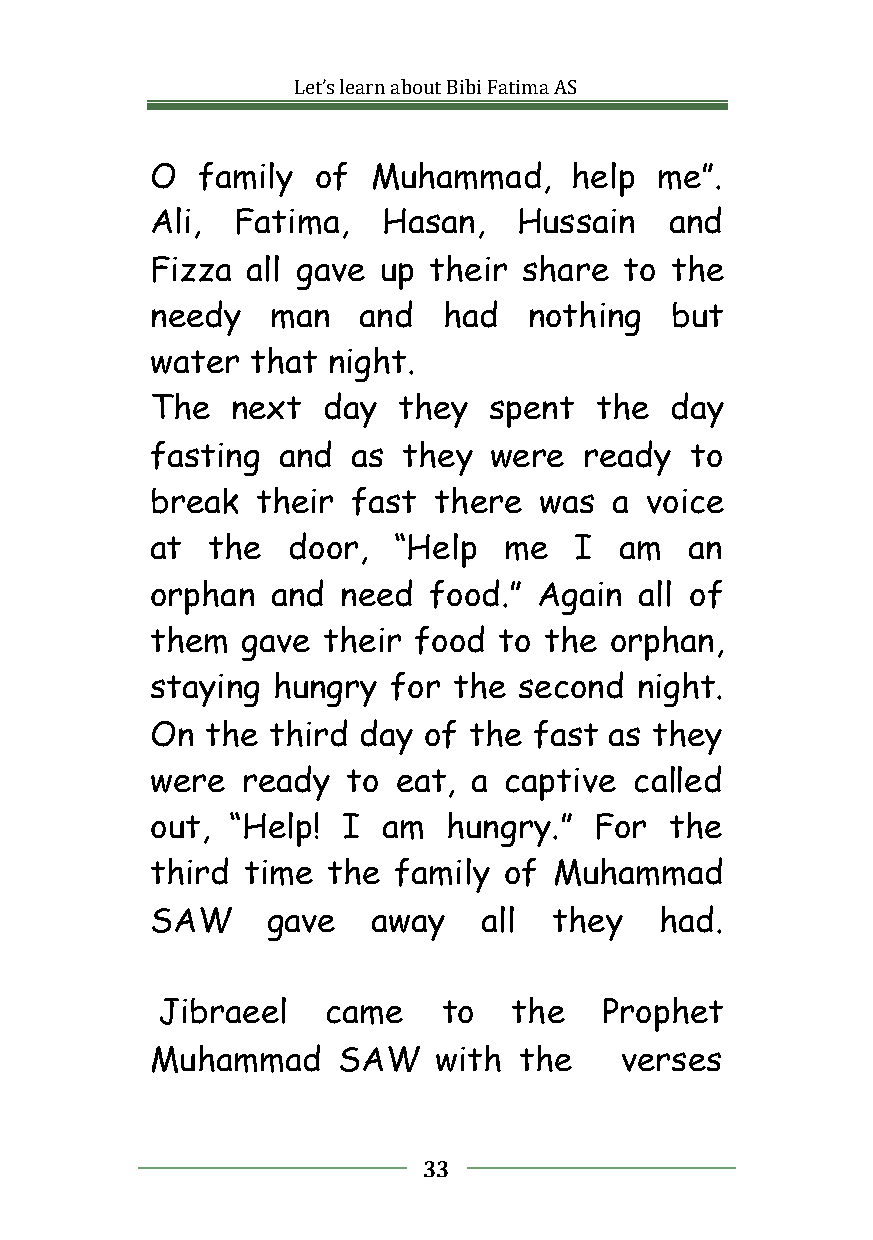
Let’slearnaboutBibiFatimaAS
 O  family  of  Muhammad,    help me”.
 Ali,  Fatima,  Hasan,   Hussain   and
 Fizza all gave up their  share to the
 needy   man   and  had   nothing  but
 water  that night.
 The  next  day  they  spent  the  day
 fasting and  as  they were   ready  to
 break  their fast  there  was  a voice
 at  the  door,  “Help  me   I  am   an
 orphan  and  need food.”  Again all of
 them  gave their food  to the orphan,
 staying hungry  for the second  night.
 On  the third day of the fast as they
 were  ready  to eat, a captive  called
 out, “Help!  I am   hungry.” For  the
 third time  the family of  Muhammad
 SAW     gave   away   all  they   had.
 Jibraeel    came   to   the   Prophet
 Muhammad    SAW    with the    verses
 33